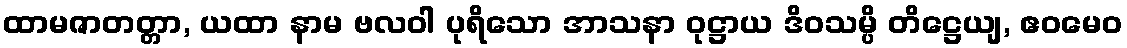
ထာမဇာတတ္တာ, ယထာ နာမ ဗလဝါ ပုရိသော အာသနာ ဝုဋ္ဌာယ ဒိဝသမ္ပိ တိဋ္ဌေယျ, ဧဝမေဝ